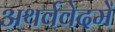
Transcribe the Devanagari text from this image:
अथर्ववेदमें